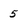
Character: 5